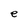
Character: e